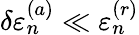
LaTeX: \delta\varepsilon_{n}^{(a)}\ll\varepsilon_{n}^{(r)}